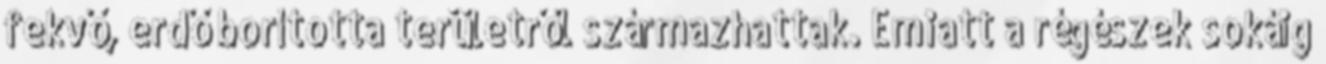
fekvő, erdő borította területről származhattak. Emiatt a régészek sokáig